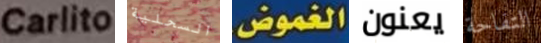
Carlito السحلية الغموض. يعنون التفاحة